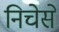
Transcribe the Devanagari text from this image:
निचेसे